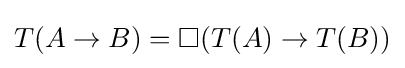
T(A\to B)=\Box (T(A)\to T(B))